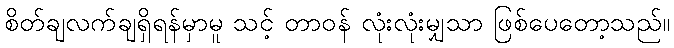
စိတ်ချလက်ချရှိရန်မှာမူ သင့် တာဝန် လုံးလုံးမျှသာ ဖြစ်ပေတော့သည်။